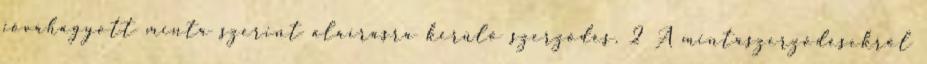
jóváhagyott minta szerint aláírásra kerülő szerződés. 2 A mintaszerződésekről